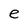
Character: e